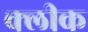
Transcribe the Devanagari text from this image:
क्लीक